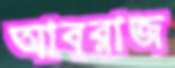
আবরাজ